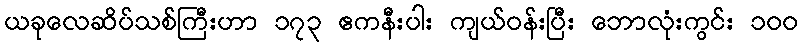
ယခုလေဆိပ်သစ်ကြီးဟာ ၁၇၃ ဧကနီးပါး ကျယ်ဝန်းပြီး ဘောလုံးကွင်း ၁၀၀